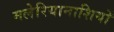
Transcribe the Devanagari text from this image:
मलेरियानाशियों